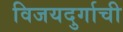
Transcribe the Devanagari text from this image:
विजयदुर्गाची